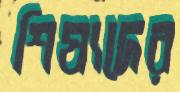
শিষ্যদের